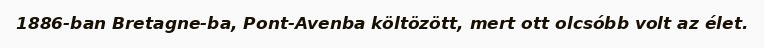
1886-ban Bretagne-ba, Pont-Avenba költözött, mert ott olcsóbb volt az élet.